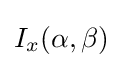
I_{x}(\alpha ,\beta )\!